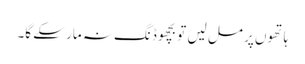
ہاتھوں پر مل لیں تو بچھو ڈنگ نہ مار سکے گا۔